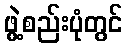
ဖွဲ့စည်းပုံတွင်